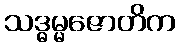
သဒ္ဓမ္မဇောတိက